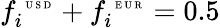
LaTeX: f_{i}^{\mathrm{~\tiny~U~S~D~}}+f_{i}^{\mathrm{~\tiny~E~U~R~}}=0.5